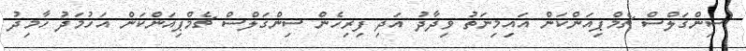
ސިންގަލްސް ޗެމްޕިއަންކަން އައިމިނަތު ވިދާދު އަދި ފިރިހެން ސިންގަލްސް ޗެމްޕިއަންކަން އަހުމަދު ހާމިދު